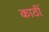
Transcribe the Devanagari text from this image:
काठीं